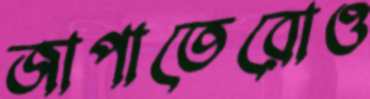
জাপাতেরোও